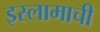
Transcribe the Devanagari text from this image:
इस्लामाची